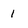
Character: 1